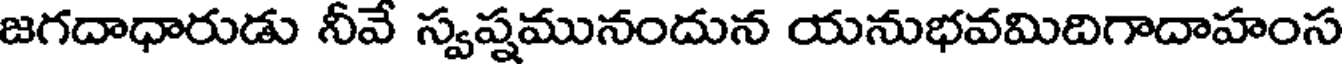
జగదాధారుడు నీవే స్వప్షమునందున యనుభవమిదిగాదాహంస